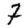
Digit: 7